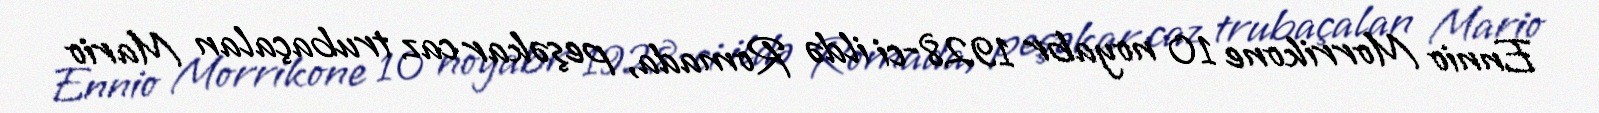
Ennio Morrikone 10 noyabr 1928-ci ildə Romada, peşəkar caz trubaçalan Mario